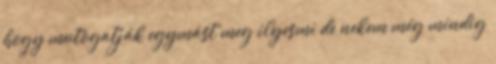
hogy mutogatják egymást meg ilyesmi de nekem még mindig